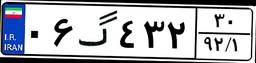
۰۶گ۴۳۲۳۰